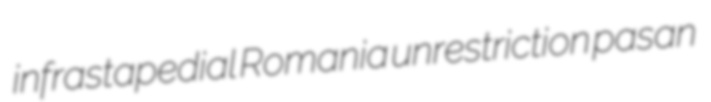
infrastapedial Romania unrestriction pasan